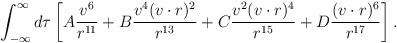
LaTeX: \begin{align*}\int_{-\infty}^\infty d \tau \left[A \frac{v^6}{r^{11}} + B \frac{v^4 ( v \cdot r )^2}{r^{13}}+ C \frac{v^2 ( v \cdot r )^4}{r^{15}}+ D \frac{( v \cdot r )^6}{r^{17}}\right].\end{align*}